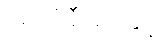
အင်ဒိုနီးရှားနှင့်